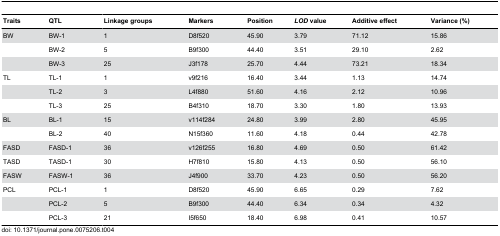
<table><thead><tr><td><b>Traits</b></td><td><b>QTL</b></td><td><b>Linkage groups</b></td><td><b>Markers</b></td><td><b>Position</b></td><td><b><i>LOD</i> value</b></td><td><b>Additive effect</b></td><td><b>Variance (%)</b></td></tr></thead><tbody><tr><td>BW</td><td>BW-1</td><td>1</td><td>D8f520</td><td>45.90</td><td>3.79</td><td>71.12</td><td>15.86</td></tr><tr><td></td><td>BW-2</td><td>5</td><td>B9f300</td><td>44.40</td><td>3.51</td><td>29.10</td><td>2.62</td></tr><tr><td></td><td>BW-3</td><td>25</td><td>J3f178</td><td>25.70</td><td>4.44</td><td>73.21</td><td>18.34</td></tr><tr><td>TL</td><td>TL-1</td><td>1</td><td>v9f216</td><td>16.40</td><td>3.44</td><td>1.13</td><td>14.74</td></tr><tr><td></td><td>TL-2</td><td>3</td><td>L4f880</td><td>51.60</td><td>4.16</td><td>2.12</td><td>10.96</td></tr><tr><td></td><td>TL-3</td><td>25</td><td>B4f310</td><td>18.70</td><td>3.30</td><td>1.80</td><td>13.93</td></tr><tr><td>BL</td><td>BL-1</td><td>15</td><td>v114f284</td><td>24.80</td><td>3.99</td><td>2.80</td><td>45.95</td></tr><tr><td></td><td>BL-2</td><td>40</td><td>N15f360</td><td>11.60</td><td>4.18</td><td>0.44</td><td>42.78</td></tr><tr><td>FASD</td><td>FASD-1</td><td>36</td><td>v126f255</td><td>16.80</td><td>4.69</td><td>0.50</td><td>61.42</td></tr><tr><td>TASD</td><td>TASD-1</td><td>30</td><td>H7f810</td><td>15.80</td><td>4.13</td><td>0.50</td><td>56.10</td></tr><tr><td>FASW</td><td>FASW-1</td><td>36</td><td>J4f900</td><td>33.70</td><td>4.23</td><td>0.50</td><td>56.20</td></tr><tr><td>PCL</td><td>PCL-1</td><td>1</td><td>D8f520</td><td>45.90</td><td>6.65</td><td>0.29</td><td>7.62</td></tr><tr><td></td><td>PCL-2</td><td>5</td><td>B9f300</td><td>44.40</td><td>6.34</td><td>0.34</td><td>4.32</td></tr><tr><td></td><td>PCL-3</td><td>21</td><td>I5f650</td><td>18.40</td><td>6.98</td><td>0.41</td><td>10.57</td></tr></tbody></table>